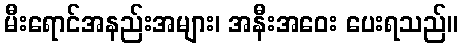
မီးရောင်အနည်းအများ၊ အနီးအဝေး ပေးရသည်။